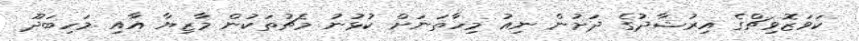
ކަވަޒޮވިޗްގެ އިރުޝާދުގެ ދަށުން ނިއު މިހާތަަނަށް ކުޅުނު މެޗުތަކުން މާޒިޔާ އާއި މަހިބަދޫ